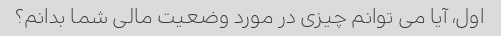
اول، آیا می توانم چیزی در مورد وضعیت مالی شما بدانم؟